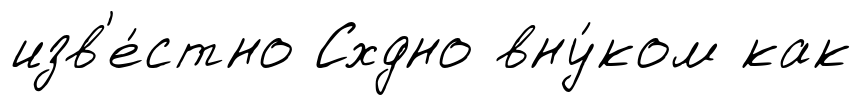
изв'е́стно Схдно вну́ком как